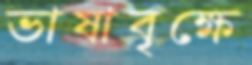
ভাষাবৃক্ষে